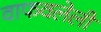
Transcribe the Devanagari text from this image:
वाफवलेली